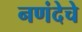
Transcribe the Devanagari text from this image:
नणंदेचे